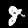
Digit: 8